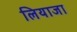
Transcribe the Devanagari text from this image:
लियाजा